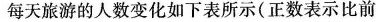
每天旅游的人数变化如下表所示(正数表示比前